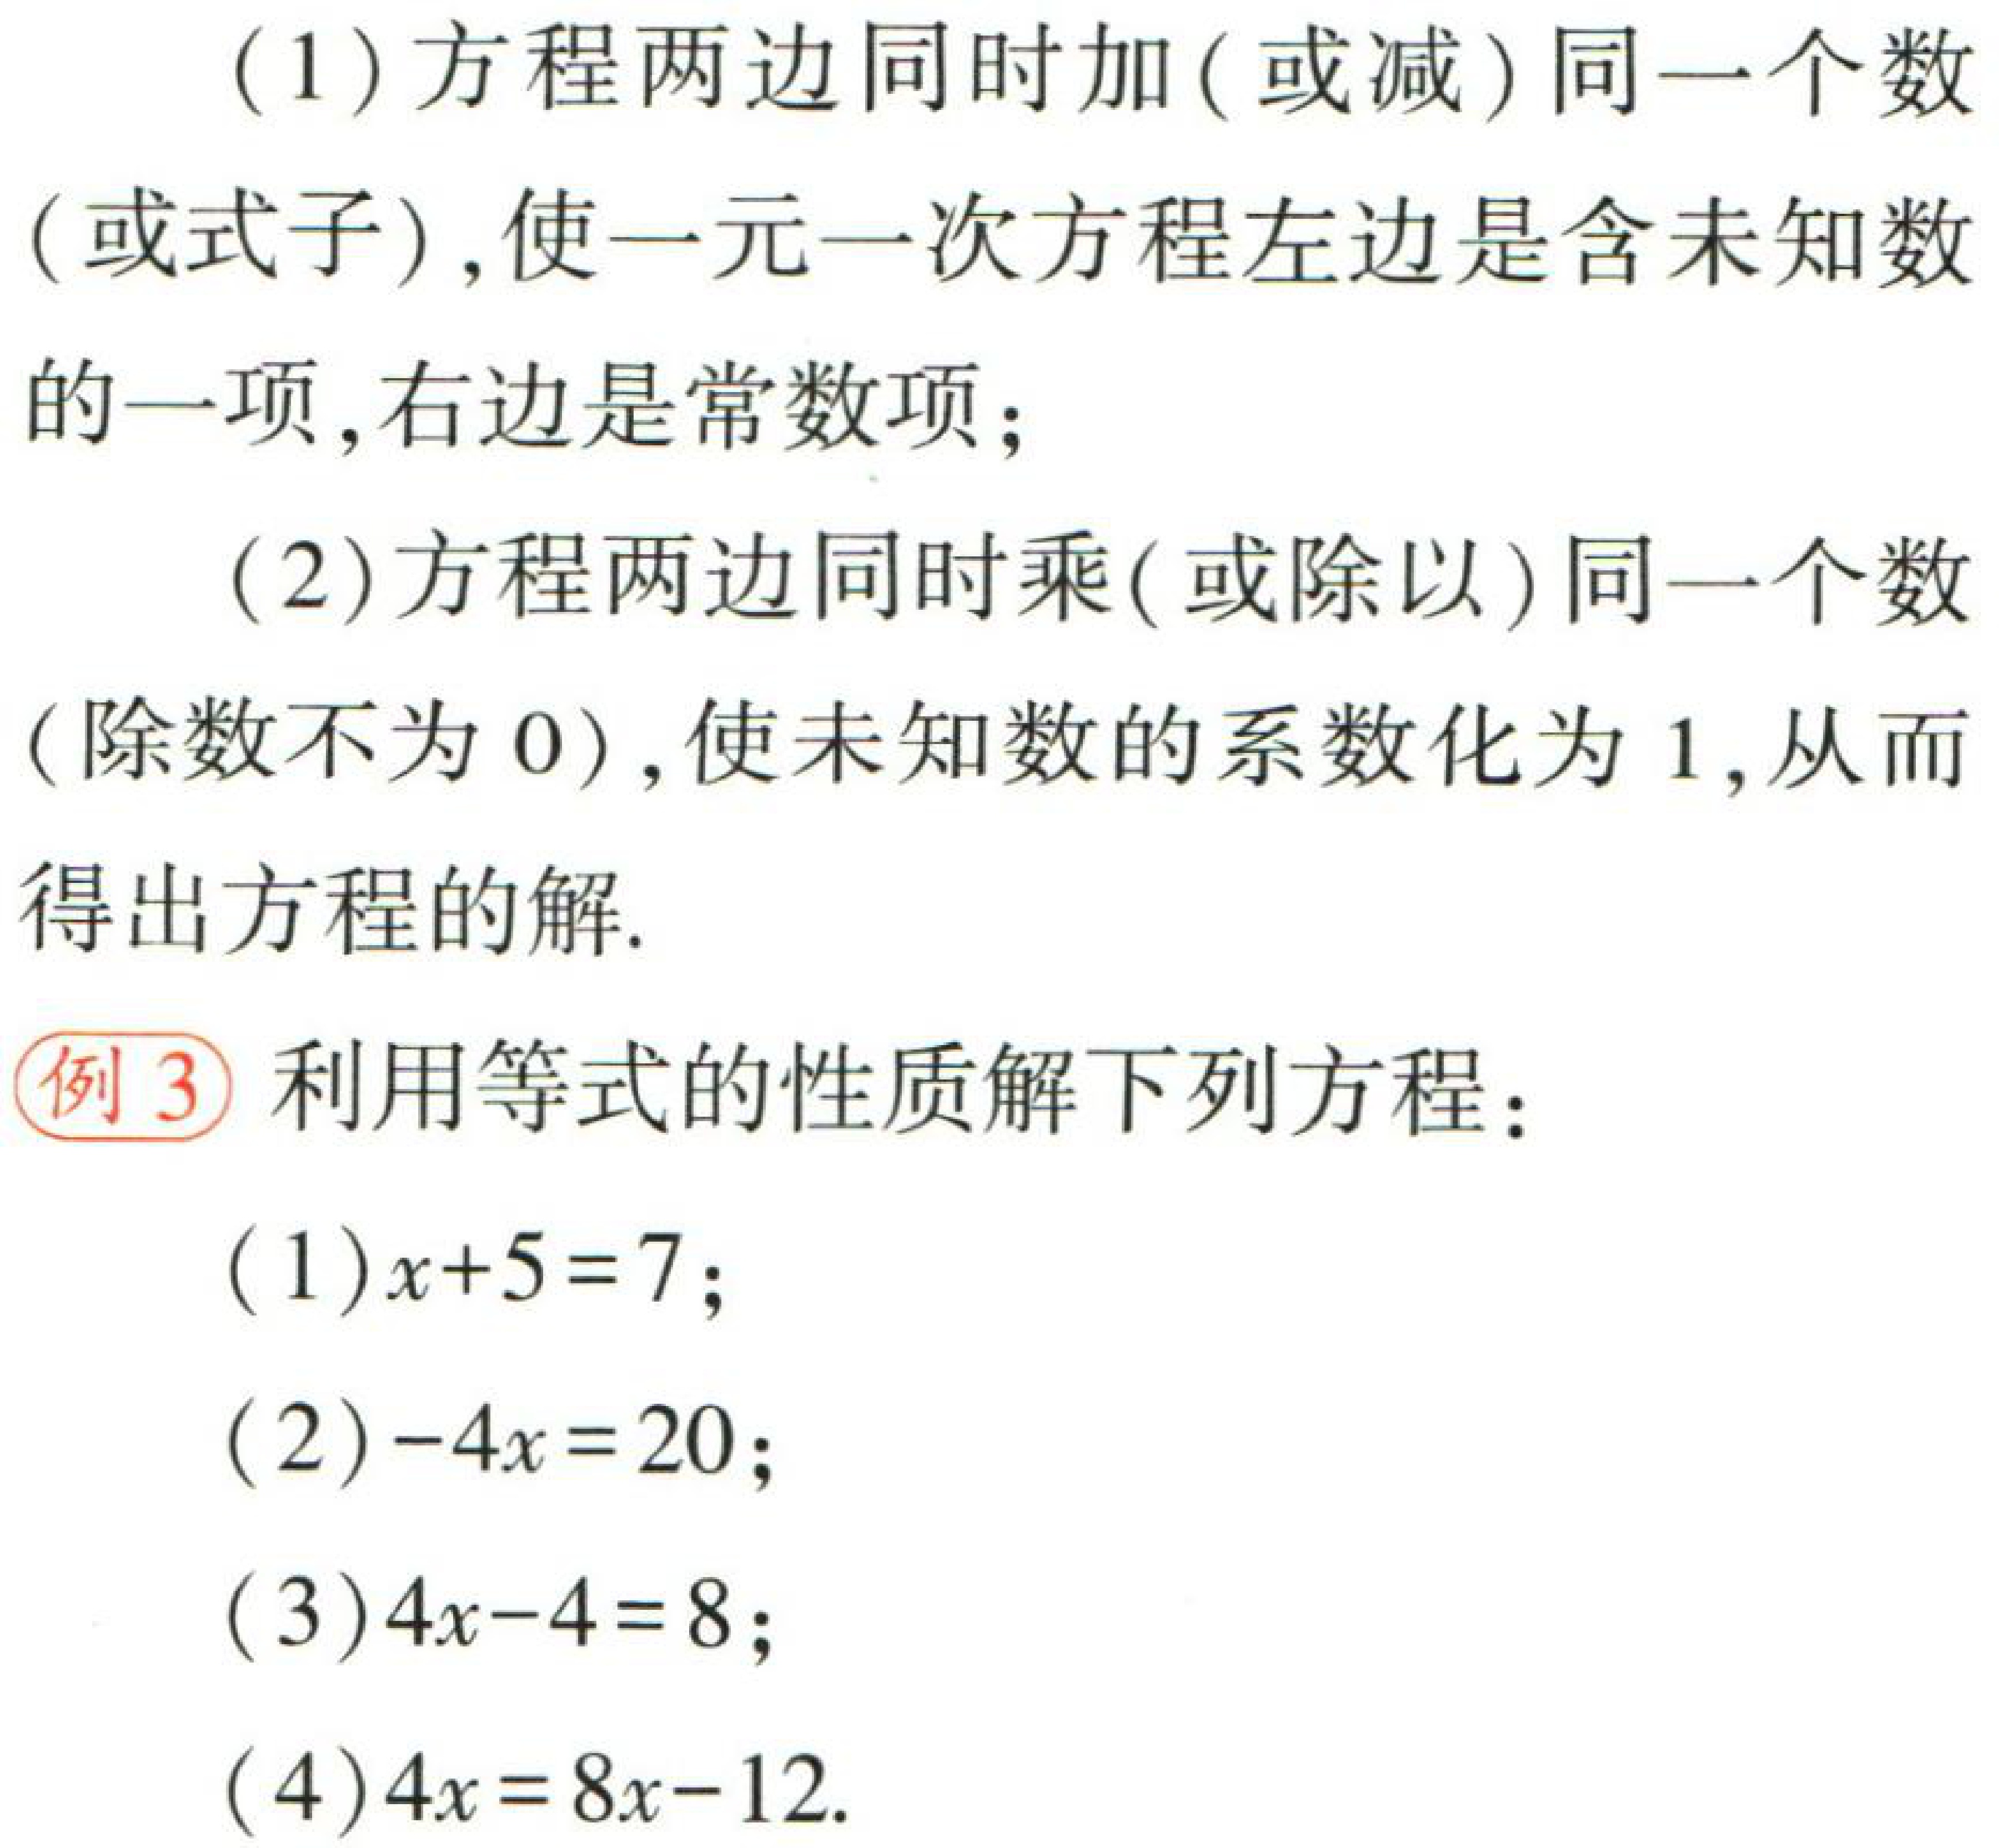
(1)方程两边同时加(或减)同一个数

(或式子),使一元一次方程左边是含未知数

的一项,右边是常数项;

(2)方程两边同时乘(或除以)同一个数

(除数不为0),使未知数的系数化为1,从而

得出方程的解.

例3 利用等式的性质解下列方程：

(1)\(x + 5 = 7\);

(2)\(-4x = 20\);

(3)\(4x - 4 = 8\);

(4)\(4x = 8x - 12\).